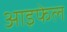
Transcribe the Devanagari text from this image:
आइफेल